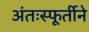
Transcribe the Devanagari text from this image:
अंतःस्फूर्तीने